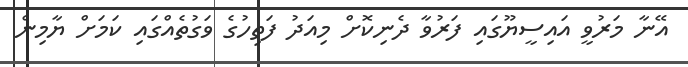
އޭނާ މަރުވީ އައިސީޔޫގައި ފަރުވާ ދެނިކޮށް މިއަދު ފަތިހުގެ ވަގުތެއްގައި ކަމަށް ޔާމިން